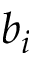
b _ { i }